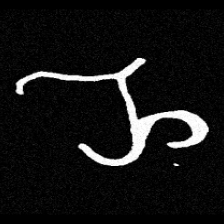
Pyu character \u2014 Myanmar letter: ည (romanized: nya)